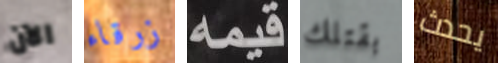
الآن زرقاء قيمه بقتلك يحدث